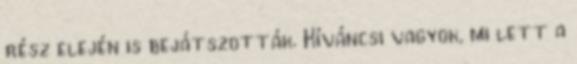
rész elején is bejátszották. Kíváncsi vagyok, mi lett a